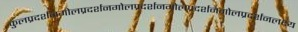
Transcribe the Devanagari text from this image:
कुलप्रदर्शनगोलप्रदर्शनगोलप्रदर्शनगोलप्रदर्शनगोलप्रदर्शनलक्ष्य